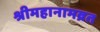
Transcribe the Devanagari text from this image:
श्रीमहानामव्रत